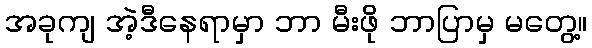
အခုကျ အဲ့ဒီနေရာမှာ ဘာ မီးဖို ဘာပြာမှ မတွေ့။